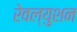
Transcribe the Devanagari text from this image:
रेवल्युशन